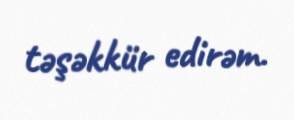
təşəkkür edirəm.